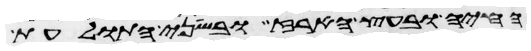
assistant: החיה ובעץ הארז ובשני התולעת